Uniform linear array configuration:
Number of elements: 48
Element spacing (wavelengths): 0.75
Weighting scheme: exponential
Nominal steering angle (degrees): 60
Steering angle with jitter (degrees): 58.643
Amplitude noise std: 0.05
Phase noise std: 0.05

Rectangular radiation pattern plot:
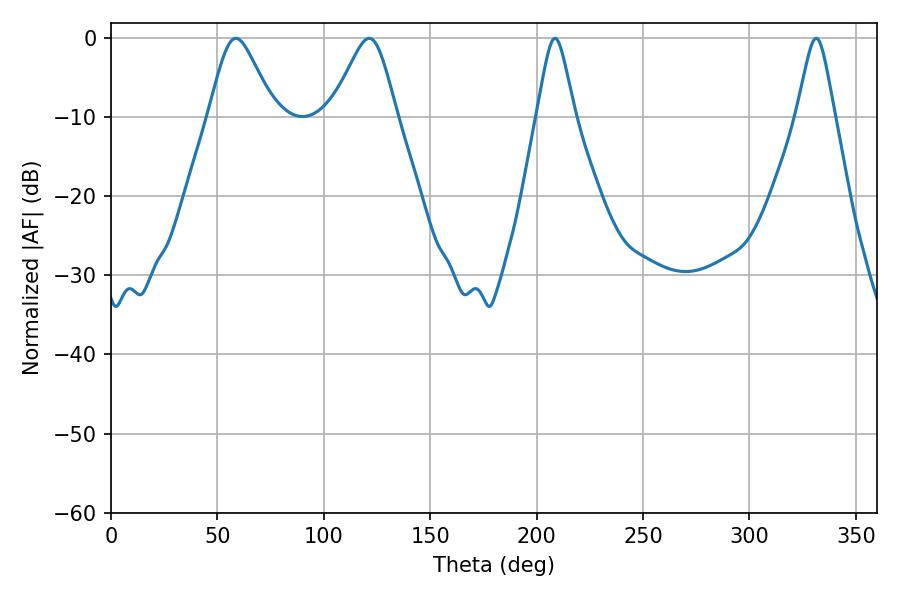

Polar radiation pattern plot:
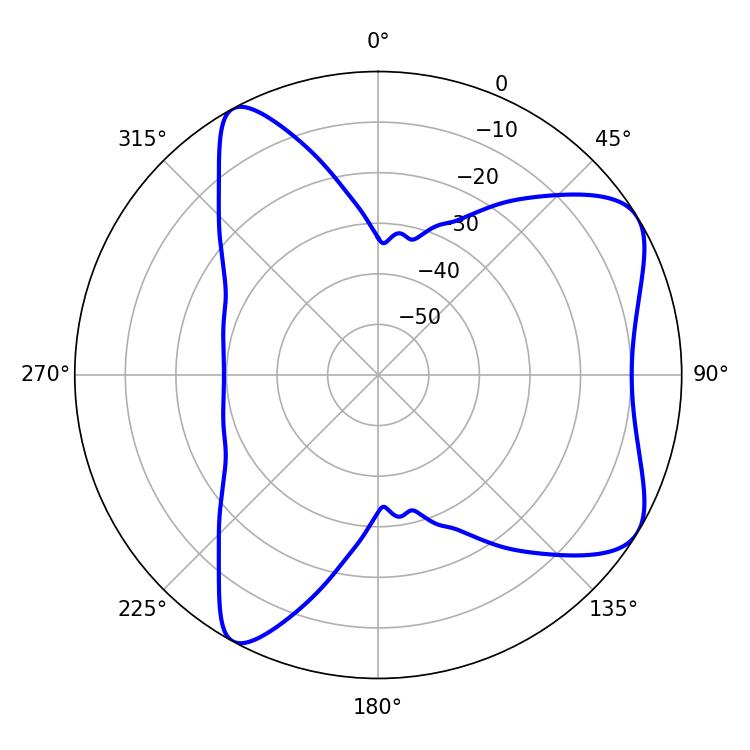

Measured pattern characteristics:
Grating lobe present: TRUE
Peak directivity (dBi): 7.068
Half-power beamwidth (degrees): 14.94
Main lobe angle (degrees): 58.68